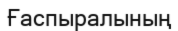
Ғаспыралының